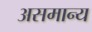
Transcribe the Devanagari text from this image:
असमान्‍य